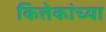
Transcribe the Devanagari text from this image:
कित्तेकांच्या